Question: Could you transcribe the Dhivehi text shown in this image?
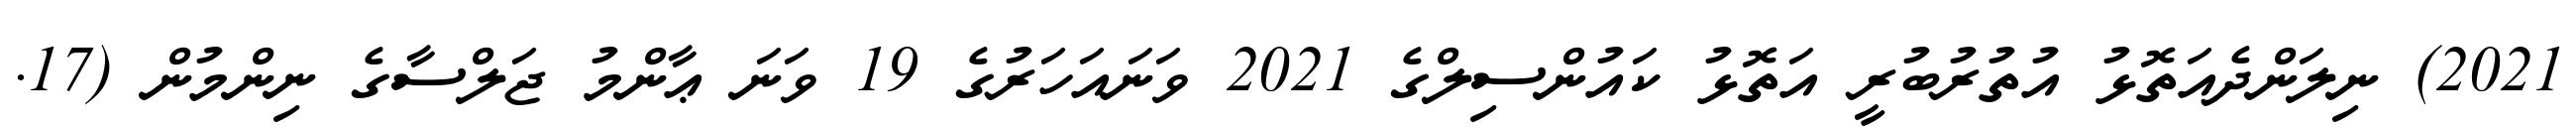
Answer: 2021) ނިލަންދެއަތޮޅު އުތުރުބުރީ އަތޮޅު ކައުންސިލްގެ 2021 ވަނައަހަރުގެ 19 ވަނަ ޢާންމު ޖަލްސާގެ ނިންމުން (17.